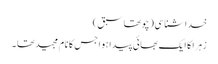
خداشناسی (چوتھاسبق )
زہرا کا ایک بھائی پیدا ہوا جس کا نام مجید تھا ۔